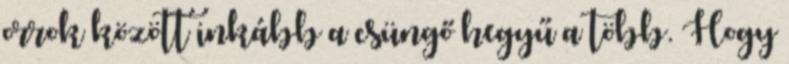
orrok között inkább a csüngő hegyű a több. Hogy